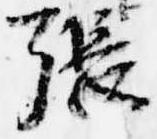
張